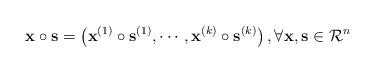
LaTeX: \begin{align*}\mathbf{x} \circ \mathbf{s} =\left(\mathbf{x}^{(1)}\circ\mathbf{s}^{(1)}, \cdots, \mathbf{x}^{(k)}\circ\mathbf{s}^{(k)}\right),\forall \mathbf{x},\mathbf{s}\in \mathcal{R}^{n}\end{align*}